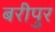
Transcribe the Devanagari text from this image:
बरीपुर